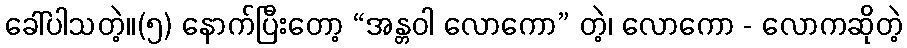
ခေါ်ပါသတဲ့။(၅) နောက်ပြီးတော့ “အန္တဝါ လောကော” တဲ့၊ လောကော - လောကဆိုတဲ့